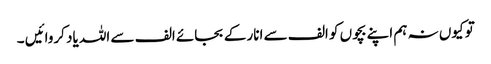
تو کیوں نہ ہم اپنے بچوں کو الف سے انار کے بجائے الف سے اللہ یاد کروائیں ۔